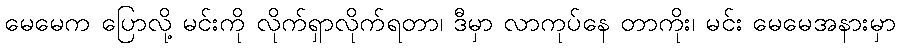
မေမေက ပြောလို့ မင်းကို လိုက်ရှာလိုက်ရတာ၊ ဒီမှာ လာကုပ်နေ တာကိုး၊ မင်း မေမေအနားမှာ